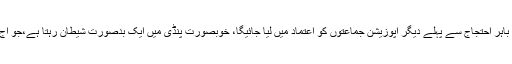
انہوں نے کہا کہ پارلیمنٹ کے باہر احتجاج سے پہلے دیگر اپوزیشن جماعتوں کو اعتماد میں لیا جائیگا، خوبصورت پنڈی میں ایک بدصورت شیطان رہتا ہے،جو آج کل نیب کا ترجمان بنا ہوا ہے۔